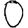
Digit: 0